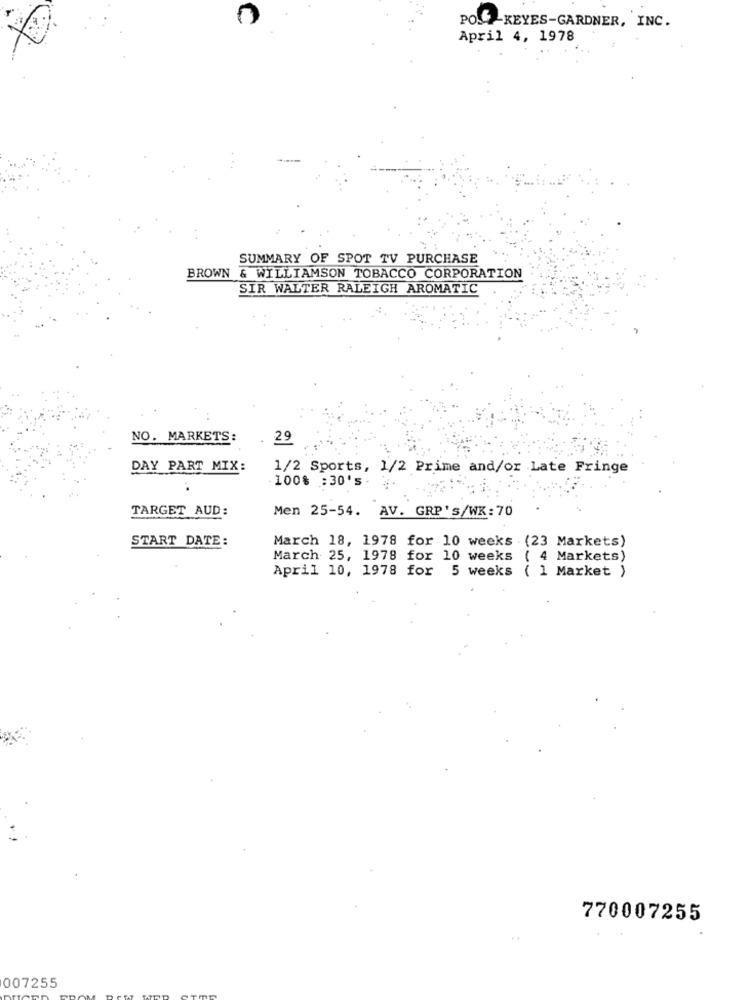
PO -KEYES-GARDNER, INC.
April 4, 1978
SUMMARY OF SPOT TV PURCHASE
BROWN
& WILLIAMSON TOBACCO CORPORATION
SIR WALTER RALEIGH AROMATIC
NO. MARKETS:
29
DAY PART MIX:
1/2 Sports, 1/2 Prime and/or Late Fringe
100% :30's.
TARGET AUD:
Men 25-54. AV. GRP' s/WX:70
START DATE:
March 18, 1978 for 10 weeks (23 Markets)
March 25, 1978 for 10 weeks ( 4 Markets)
April 10, 1978 for 5 weeks ( 1 Market )
770007255
007255